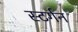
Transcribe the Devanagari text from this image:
स्टर्गन